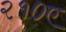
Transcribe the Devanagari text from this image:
२१०ए